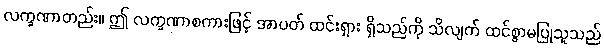
လက္ခဏာတည်း။ ဤ လက္ခဏာစကားဖြင့် အာပတ် ထင်းရှား ရှိသည်ကို သိလျက် ထင်စွာမပြုသူသည်